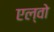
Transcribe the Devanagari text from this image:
एल्वो